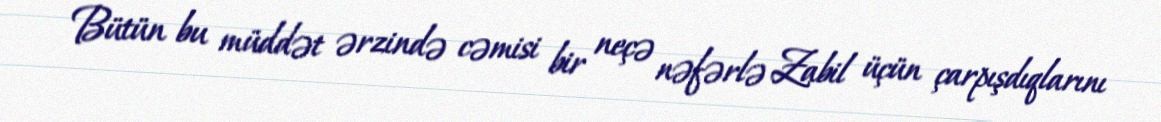
Bütün bu müddət ərzində cəmisi bir neçə nəfərlə Zabil üçün çarpışdıqlarını